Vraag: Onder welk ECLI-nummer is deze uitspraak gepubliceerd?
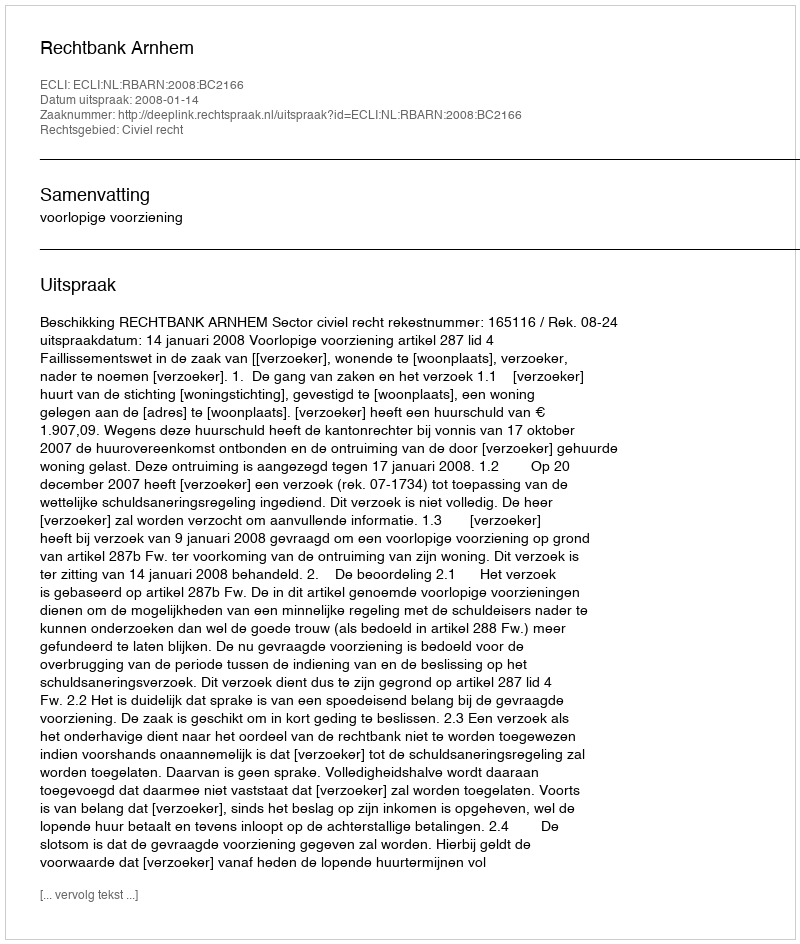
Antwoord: ECLI:NL:RBARN:2008:BC2166